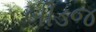
બીડજ